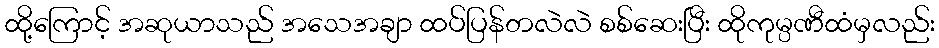
ထို့ကြောင့် အဆုယာသည် အသေအချာ ထပ်ပြန်တလဲလဲ စစ်ဆေးပြီး ထိုကုမ္ပဏီထံမှလည်း